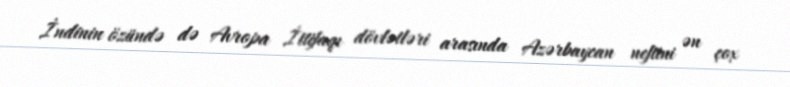
İndinin özündə də Avropa İttifaqı dövlətləri arasında Azərbaycan neftini ən çox